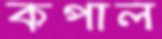
কপাল